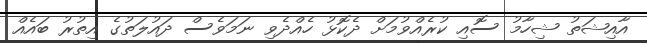
އާއިޝަތު ޝިހާމު ސޮއި ކުރެއްވުމަށް ދެކޮޅު ހެއްދެވި ނަމަވެސް ދައުލަތުގެ އިތުރު ބައެއް